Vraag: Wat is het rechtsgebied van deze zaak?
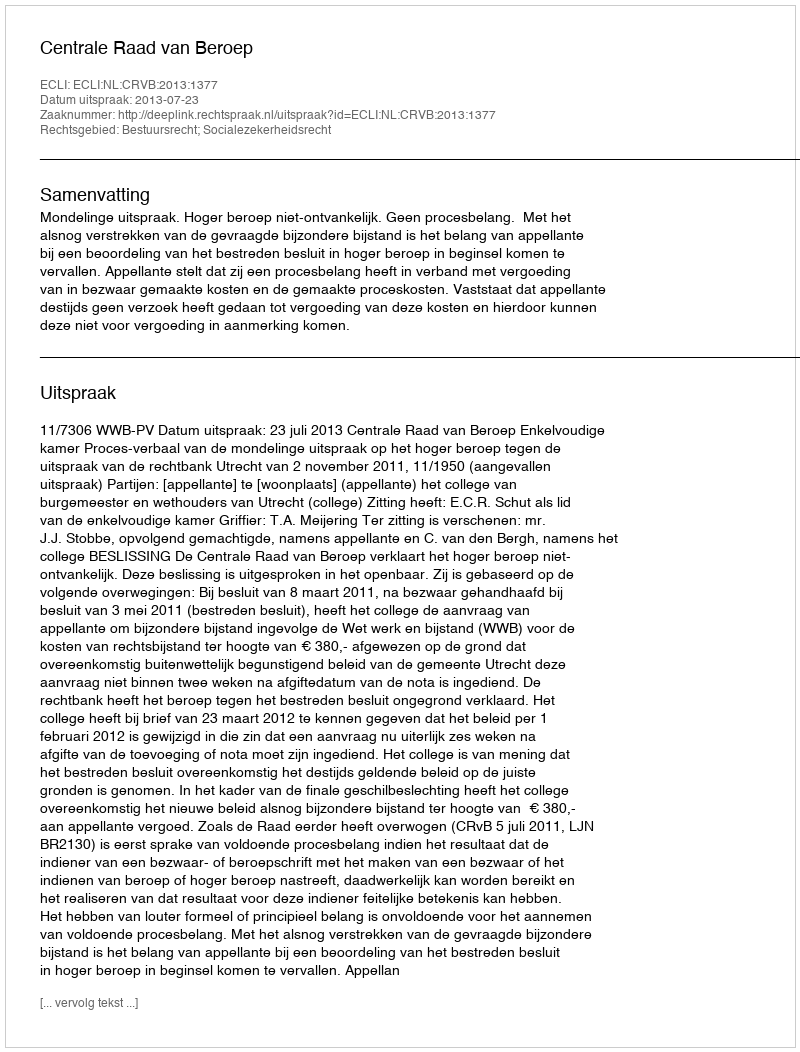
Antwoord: Bestuursrecht; Socialezekerheidsrecht